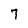
Character: 7